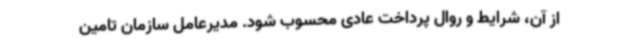
از آن، شرایط و روال پرداخت عادی محسوب شود. مدیرعامل سازمان تامین